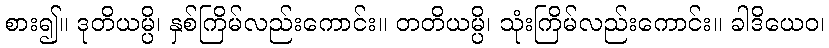
စား၍။ ဒုတိယမ္ပိ၊ နှစ်ကြိမ်လည်းကောင်း။ တတိယမ္ပိ၊ သုံးကြိမ်လည်းကောင်း။ ခါဒိယေဝ၊